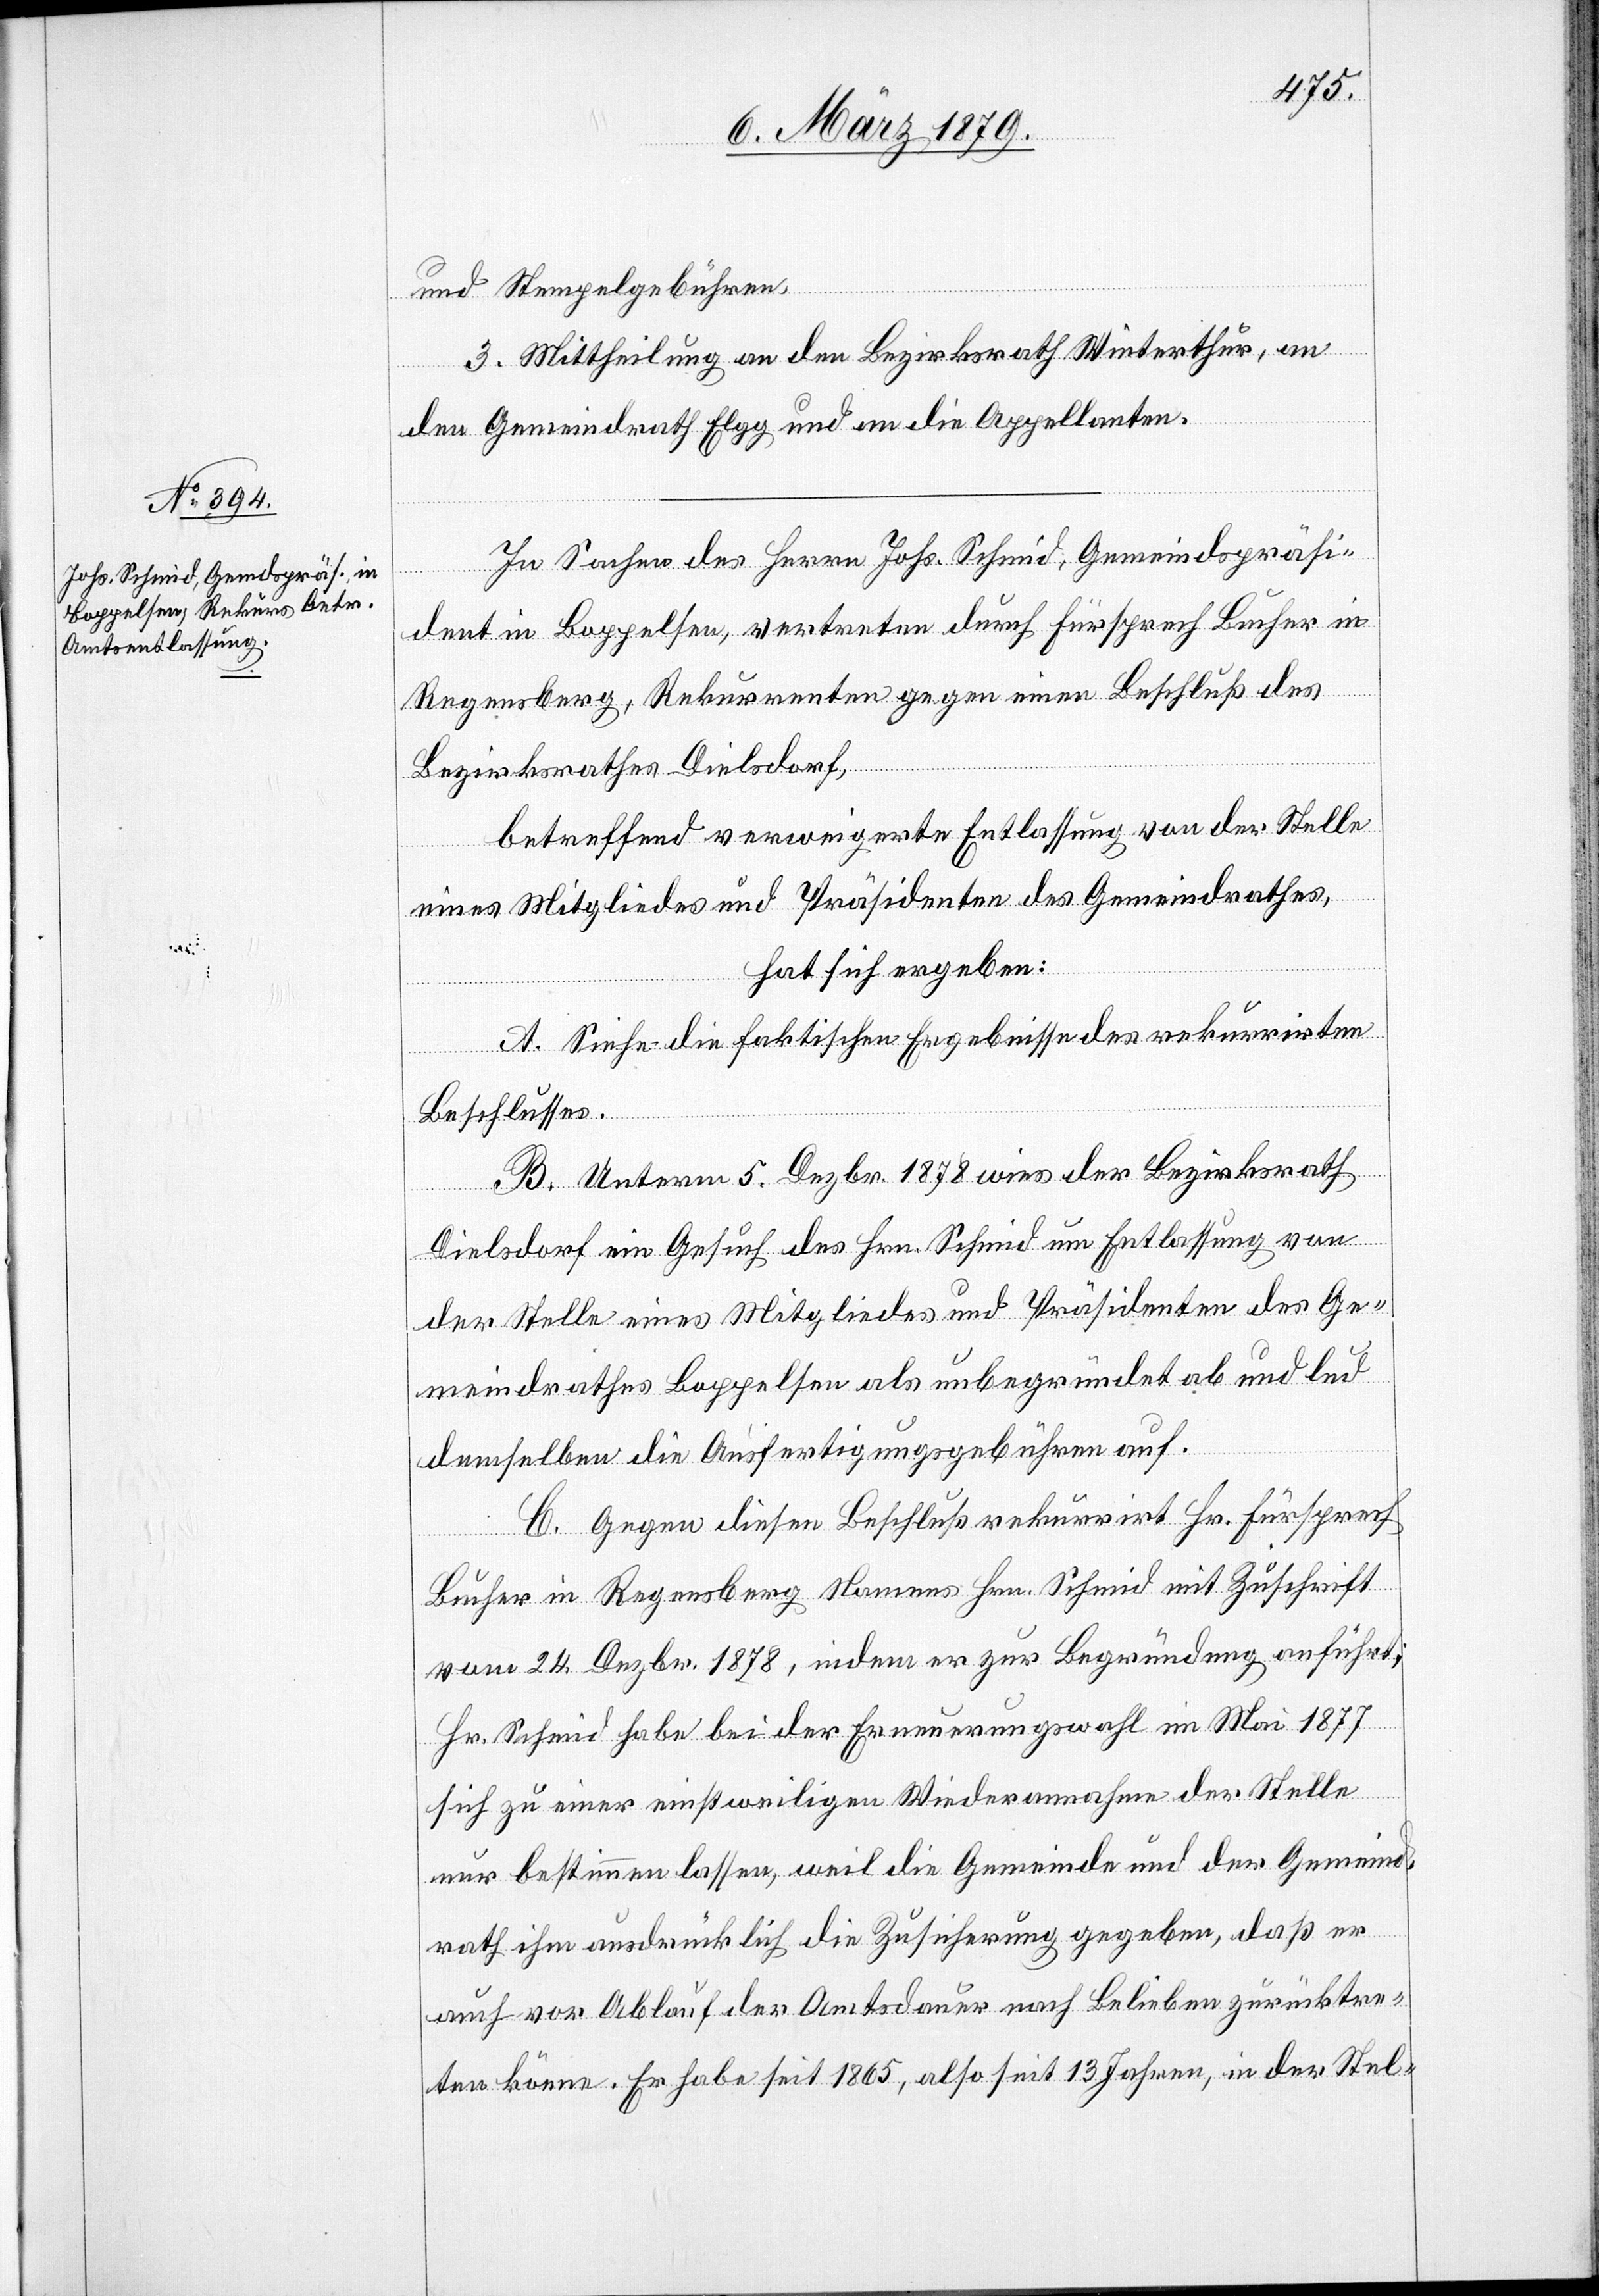
Stempelgebühren.
3. Mittheilung an den Bezirksrath Winterthur, an
den Gemeindrath Elgg und an die Appellanten.
In Sachen des Herrn Johs. Schmid, Gemeindspräsi¬
dent in Boppelsen, vertreten durch Fürsprech Bucher in
Regensberg, Rekurrenten gegen einen Beschluß des
Bezirksrathes Dielsdorf,
betreffend verweigerte Entlassung von der Stelle
eines Mitgliedes und Präsidenten des Gemeindrathes,
hat sich ergeben:
A. Siehe die faktischen Ergebnisse des rekurrirten
Beschlusses.
B. Unterm 5. Dezbr. 1878 wies der Bezirksrath
Dielsdorf ein Gesuch des Hrn. Schmid um Entlassung von
der Stelle eines Mitgliedes und Präsidenten des Ge¬
meindrathes Boppelsen als unbegründet ab und lud
demselben die Ausfertigungsgebühren auf.
C. Gegen diesen Beschluß rekurrirt Hr. Fürsprech
Bucher in Regensberg Namens Hrn. Schmid mit Zuschrift
vom 24. Dezbr. 1878, indem er zur Begründung anführt:
Hr. Schmid habe bei der Erneuerungswahl im Mai 1877
sich zu einer einstweiligen Wiederannahme der Stelle
nur bestimmen lassen, weil die Gemeinde und der Gemeind¬
rath ihm ausdrücklich die Zusicherung gegeben, daß er
auch vor Ablauf der Amtsdauer nach Belieben zurücktre¬
ten könne. Er habe seit 1865, also seit 13 Jahren, in der Stel-